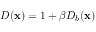
D ( \mathbf { x } ) = 1 + \beta D _ { b } ( \mathbf { x } )